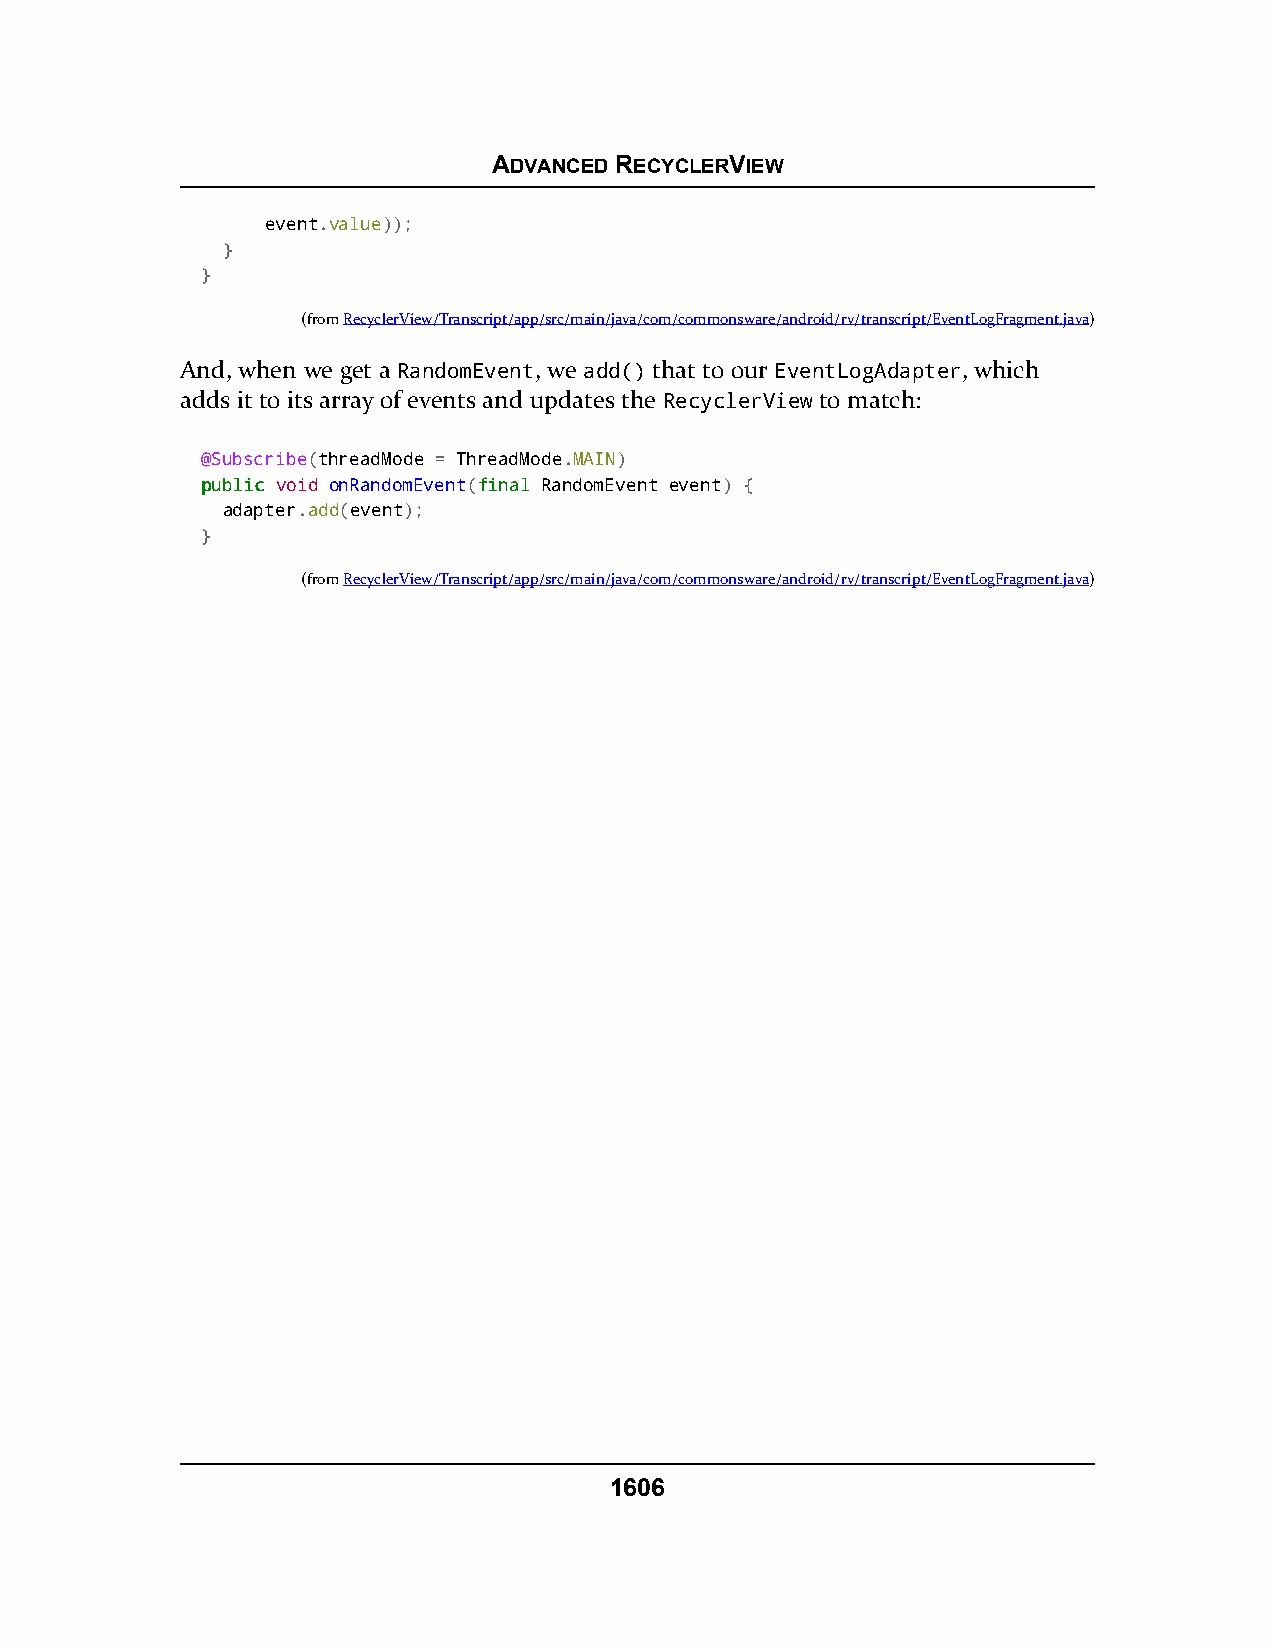
ADVANCED RECYCLERVIEW
 event.value));
 }
 }
 (fromRecyclerView/Transcript/app/src/main/java/com/commonsware/android/rv/transcript/EventLogFragment.java)
 And, when we get a RandomEvent, we add() that to our EventLogAdapter, which
 adds it to its array of events and updates the RecyclerView to match:
 @Subscribe(threadMode = ThreadMode.MAIN)
 ppuubblliicc void onRandomEvent(ffiinnaall RandomEvent event) {
 adapter.add(event);
 }
 (fromRecyclerView/Transcript/app/src/main/java/com/commonsware/android/rv/transcript/EventLogFragment.java)
 1606